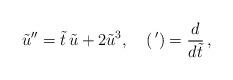
LaTeX: \begin{align*}\tilde u''=\tilde t\, \tilde u+2\tilde u^3,\quad (\,{}')=\frac{d}{d\tilde t}\,,\end{align*}